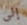
إلى